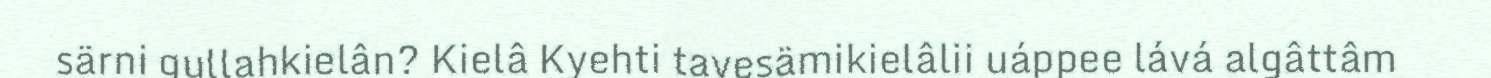
särni gullahkielân? Kielâ Kyehti tavesämikielâlii uáppee lává algâttâm